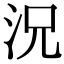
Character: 況